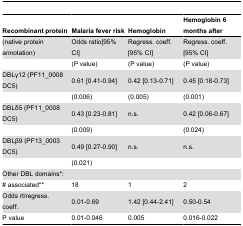
<table><thead><tr><td><b>Recombinant protein</b></td><td><b>Malaria fever risk</b></td><td><b>Hemoglobin</b></td><td><b>Hemoglobin 6 months after</b></td></tr></thead><tbody><tr><td>(native protein annotation)</td><td>Odds ratio[95% CI]</td><td>Regress. coeff. [95% CI]</td><td>Regress. coeff. [95% CI]</td></tr><tr><td></td><td>(P value)</td><td>(P value)</td><td>(P value)</td></tr><tr><td>DBLγ12 (PF11_0008 DC5)</td><td>0.61 [0.41-0.94]</td><td>0.42 [0.13-0.71]</td><td>0.45 [0.18-0.73]</td></tr><tr><td></td><td>(0.006)</td><td>(0.005)</td><td>(0.001)</td></tr><tr><td>DBLδ5 (PF11_0008 DC5)</td><td>0.43 [0.23-0.81]</td><td>n.s.</td><td>0.42 [0.06-0.67]</td></tr><tr><td></td><td>(0.009)</td><td></td><td>(0.024)</td></tr><tr><td>DBLβ9 (PF13_0003 DC5)</td><td>0.49 [0.27-0.90]</td><td>n.s.</td><td>n.s.</td></tr><tr><td></td><td>(0.021)</td><td></td><td></td></tr><tr><td>Other DBL domains*:</td><td></td><td></td><td></td></tr><tr><td># associated**</td><td>18</td><td>1</td><td>2</td></tr><tr><td>Odds rt/regress. coeff.</td><td>0.01-0.69</td><td>1.42 [0.44-2.41]</td><td>0.50-0.54</td></tr><tr><td>P value</td><td>0.01-0.046</td><td>0.005</td><td>0.016-0.022</td></tr></tbody></table>